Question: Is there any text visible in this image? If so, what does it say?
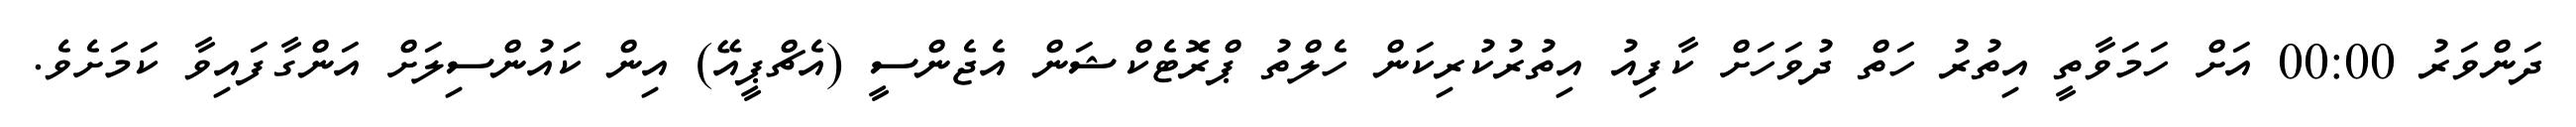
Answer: ދަންވަރު 00:00 އަށް ހަމަވާތީ އިތުރު ހަތް ދުވަހަށް ކާފިއު އިތުރުކުރިކަން ހެލްތު ޕްރޮޓެކްޝަން އެޖެންސީ (އެޗްޕީއޭ) އިން ކައުންސިލަށް އަންގާފައިވާ ކަމަށެވެ.